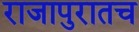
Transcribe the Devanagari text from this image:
राजापुरातच